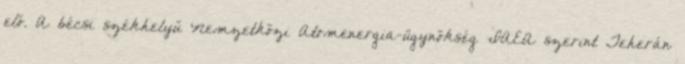
elő. A bécsi székhelyű Nemzetközi Atomenergia-ügynökség IAEA szerint Teherán